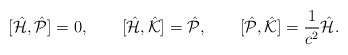
\begin{align*}[\hat {\cal H},\hat{\cal P}]=0,\qquad[\hat {\cal H},\hat{\cal K}]=\hat{\cal P},\qquad[\hat {\cal P},\hat{\cal K}]=\frac{1}{c^2}\hat{\cal H}.\end{align*}